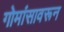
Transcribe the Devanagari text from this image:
गोमांसावरून